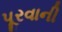
પૂરવાની